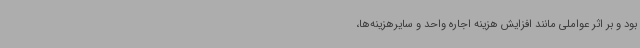
بود و بر اثر عواملی مانند افزایش هزینه اجاره واحد و سایرهزینه‌ها،